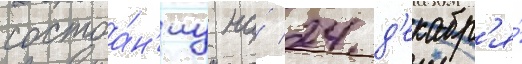
состоа́н'иу на́ 24 д'екабр'я́